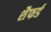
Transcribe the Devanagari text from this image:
शैफर्ड